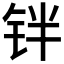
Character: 𰽰